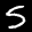
Label: 5